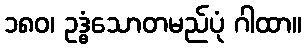
၁၈၀၊ ဥဒ္ဓံသောတမည်ပုံ ဂါထာ။